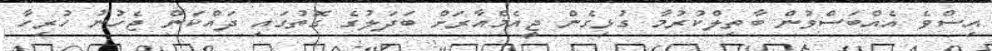
އިސްވެ އެއްބަސްވުން ބާތިލްކުރުމާ ގުޅިގެން ޖީއެމްއާރަށް ބަދަލުގެ ގޮތުގައި ދައްކަން ޖެހުނު ހުރިހާ